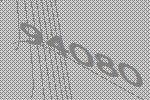
94080